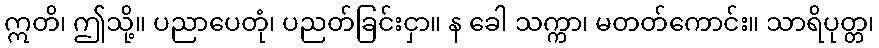
ဣတိ၊ ဤသို့။ ပညာပေတုံ၊ ပညတ်ခြင်းငှာ။ န ခေါ သက္ကာ၊ မတတ်ကောင်း။ သာရိပုတ္တ၊